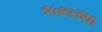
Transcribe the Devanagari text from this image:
१७४५च्या